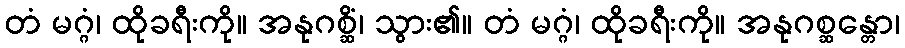
တံ မဂ္ဂံ၊ ထိုခရီးကို။ အနုဂစ္ဆိံ၊ သွား၏။ တံ မဂ္ဂံ၊ ထိုခရီးကို။ အနုဂစ္ဆန္တော၊